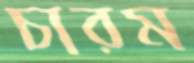
চারম